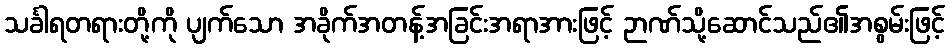
သင်္ခါရတရားတို့ကို ပျက်သော အခိုက်အတန့်အခြင်းအရာအားဖြင့် ဉာဏ်သို့ဆောင်သည်၏အစွမ်းဖြင့်